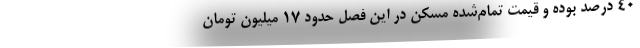
۴۰ درصد بوده و قیمت تمام‌شده مسکن در این فصل حدود ۱۷ میلیون تومان